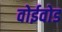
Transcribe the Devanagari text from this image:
वोईवोड